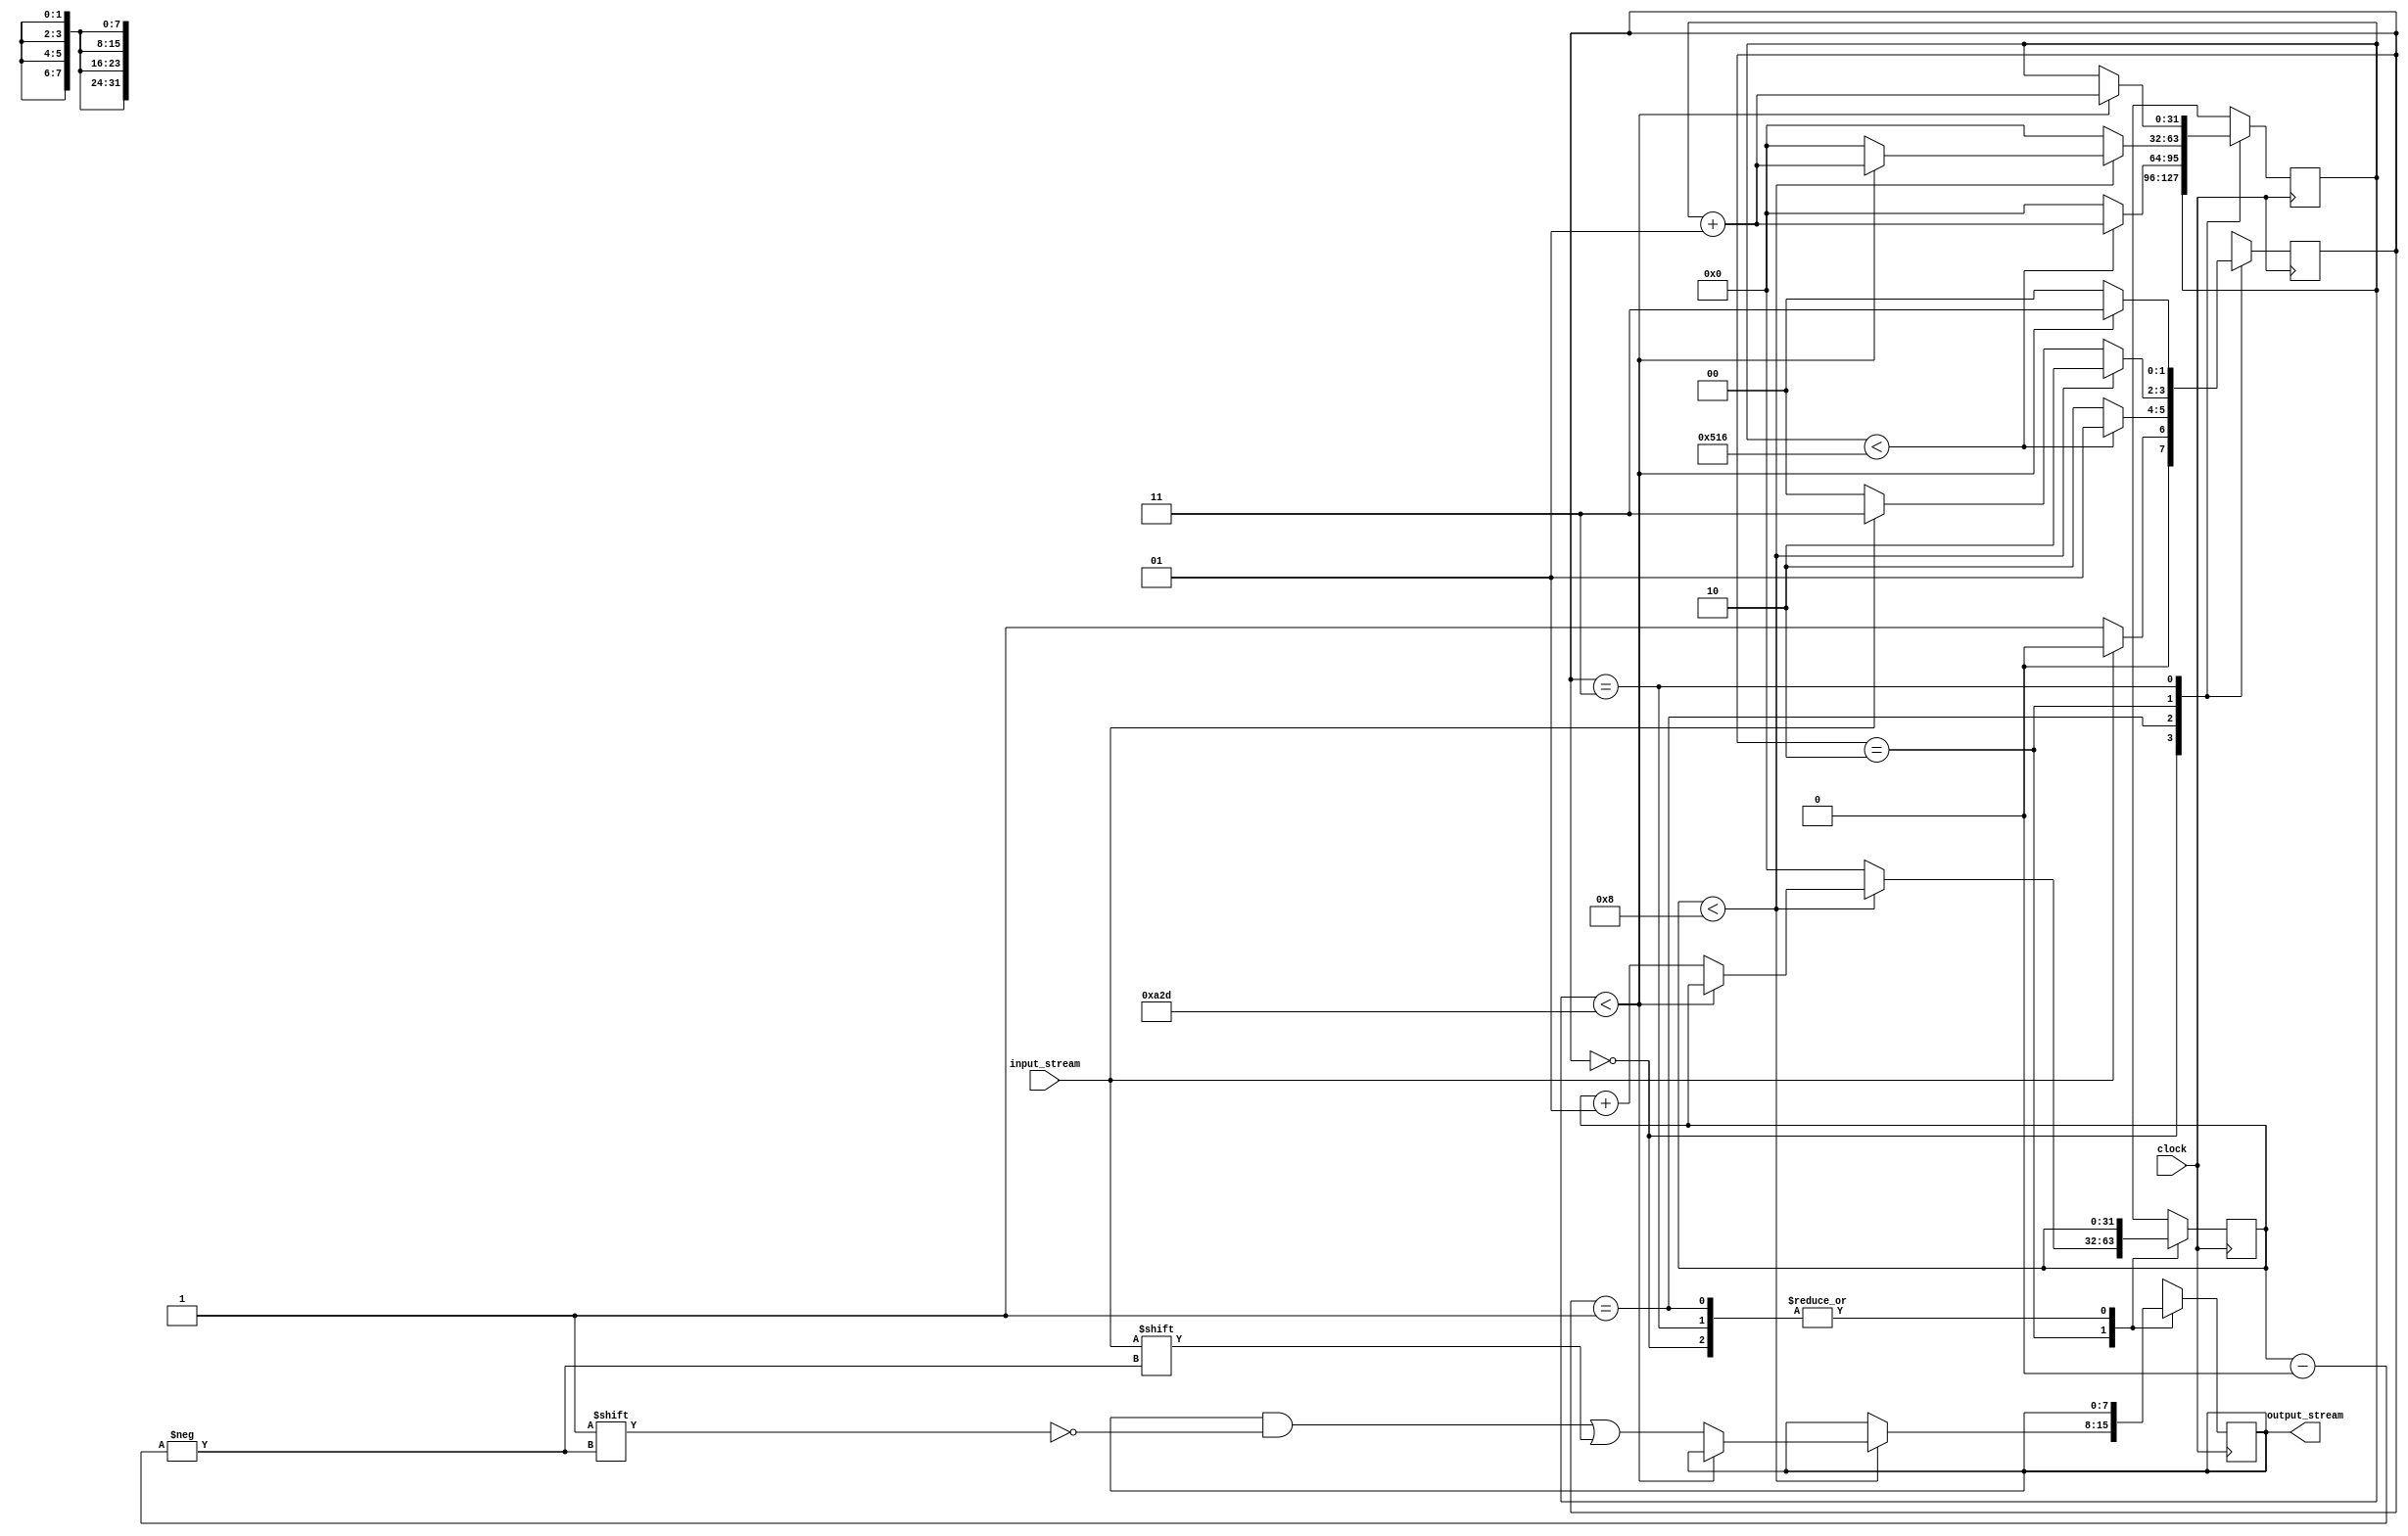
// Let the frequency of the clock be 25MHz
// I am considering the baudrate to be 9600
// From the above, number of clocks in a bit can be calculated as 25000000/9600 = 2605
// Input stream is an 8 bit data
// Start bit - 0
// Stop bit - 1
// Each bit is accessed in the middle of its level rather than on the edge to avoid errors..

`timescale 1ns/1ps
module uart(input_stream,clock,output_stream);
  input input_stream,clock;
  output reg [7:0]output_stream;
  integer count;
  integer clocks_per_bit=0;
  
  //Declaring states of the machine:
  // Idle: Machine remains idle till it sees a zero in the input stream.
  // Start: When the machine reaches the middle of start bit, machine goes into receiving state.
  // Receive: After receiving 8 bits, if the machine sees a 1 in the input stream, it goes into stop state.
  // Stop: Machine waits for a bitperiod and goes into idle state.
  localparam idle=0, start=1, receive=2, stop=3;
  reg [1:0] machine;
  
  always@(posedge clock) begin
    case(machine)
      idle: begin
        if(input_stream==0) machine<=start;
        else machine<=idle;
      end
      start: begin
        if(clocks_per_bit<(2605/2)) begin
          clocks_per_bit=clocks_per_bit+1;
          machine<=start;
        end
        else begin
          clocks_per_bit=0;
          machine<=receive;
        end
      end
      receive: begin
        if(count<8) begin
          if(clocks_per_bit<2605) begin
          	clocks_per_bit=clocks_per_bit+1;
            machine<=receive;
          end
          else begin
            output_stream[count]<=input_stream;
          	count=count+1;
            clocks_per_bit=0;
            machine<=receive;
          end
        end
        else begin
          count=0;
          clocks_per_bit=0;
          if(input_stream==1'b1) begin
          machine<=stop;
          end
          else begin
          	machine<=idle;
          end
        end
      end
      stop: begin
        if(clocks_per_bit<2605) begin
		  clocks_per_bit=clocks_per_bit+1;
          machine<=stop;
        end
        else begin
          machine<=idle;
        end
      end
      default: begin
        output_stream=8'b00000000;
        machine<=idle;
        count=0;
        clocks_per_bit=0;
      end
    endcase
  end
endmodule